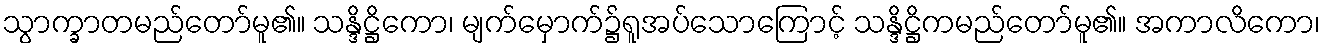
သွာက္ခာတမည်တော်မူ၏။ သန္ဒိဋ္ဌိကော၊ မျက်မှောက်၌ရူအပ်သောကြောင့် သန္ဒိဋ္ဌိကမည်တော်မူ၏။ အကာလိကော၊